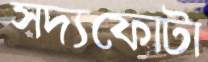
সদ্যফোটা